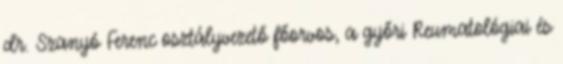
dr. Szanyó Ferenc osztályvezető főorvos, a győri Reumatológiai és